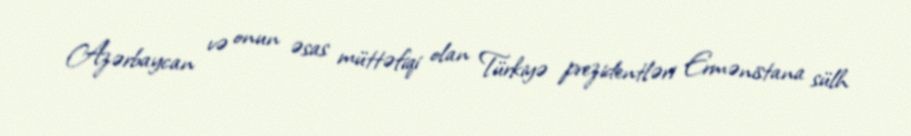
Azərbaycan və onun əsas müttəfiqi olan Türkiyə prezidentləri Ermənistana sülh